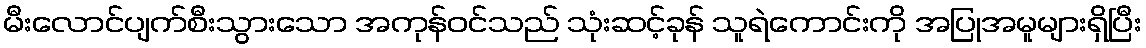
မီးလောင်ပျက်စီးသွားသော အကုန်ဝင်သည် သုံးဆင့်ခုန် သူရဲကောင်းကို အပြုအမူများရှိပြီး